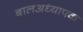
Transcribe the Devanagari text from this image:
बालअध्यापक